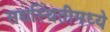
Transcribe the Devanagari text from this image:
सद्यस्थितीमध्ये